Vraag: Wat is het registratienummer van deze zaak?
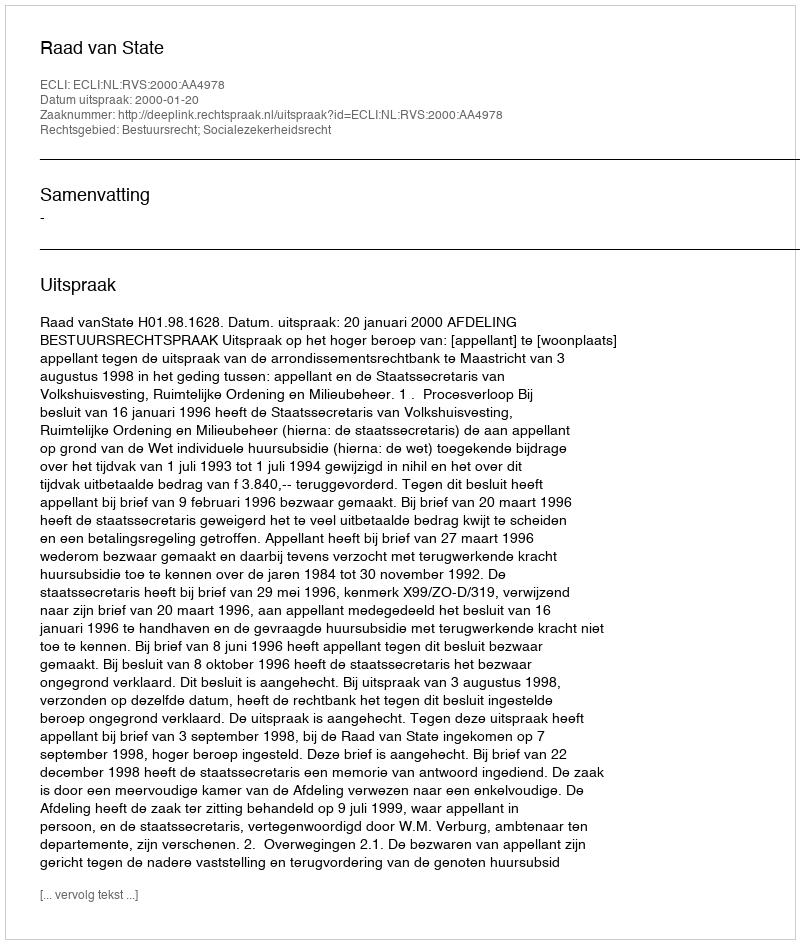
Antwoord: http://deeplink.rechtspraak.nl/uitspraak?id=ECLI:NL:RVS:2000:AA4978